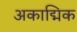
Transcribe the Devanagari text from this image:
अकाद्मिक